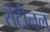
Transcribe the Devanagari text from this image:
सेंटीनल